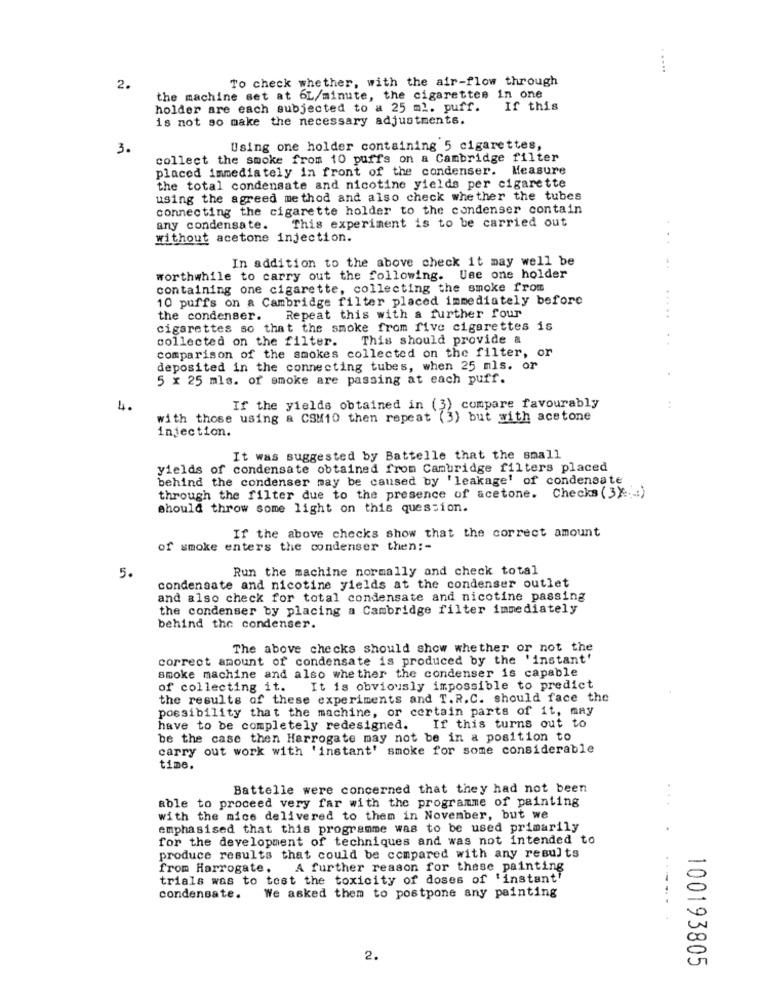
.....
To check whether, with the air-flow through
2.
the machine set at 6L/minute, the cigarettes in one
holder are each subjected to a 25 ml. puff.
If this
is not so make the necessary adjustments.
3.
Using one holder containing 5 cigarettes,
collect the smoke from 10 puffs on a Cambridge filter
placed immediately in front of the condenser. Measure
the total condensate and nicotine yields per cigarette
using the agreed method and also check whether the tubes
connecting the cigarette holder to the condenser contain
This experiment is to be carried out
any condensate.
without acetone injection.
In addition to the above check it may well be
worthwhile to carry out the following. Use one holder
containing one cigarette, collecting the smoke from
10 puffs on a Cambridge filter placed immediately before
the condenser. Repeat this with a further four
.....
cigarettes so that the smoke from five cigarettes is
collected on the filter.
This should provide a
comparison of the smokes collected on the filter, or
deposited in the connecting tubes, when 25 mls. or
5 x 25 mls. of smoke are passing at each puff.
compare favourably
4.
If the yields obtained in (3)
with those using a CSM10 then repeat (3) but with acetone
injection.
It was suggested by Battelle that the small
yields of condensate obtained from Cambridge filters placed
behind the condenser may be caused by 'leakage' of condensate
through the filter due to the presence of acetone. Checks (3) ... )
should throw some light on this question.
If the above checks show that the correct amount
of smoke enters the condenser then :-
Run the machine normally and check total
5.
condensate and nicotine yields at the condenser outlet
and also check for total condensate and nicotine passing
the condenser by placing a Cambridge filter immediately
behind the condenser.
The above checks should show whether or not the
correct amount of condensate is produced by the 'instant'
smoke machine and also whether the condenser is capable
of collecting it. It is obviously impossible to predict
the results of these experiments and T.R.C. should face the
possibility that the machine, or certain parts of it, may
have to be completely redesigned.
If this turns out to
be the case then Harrogate may not be in a position to
carry out work with 'instant' smoke for some considerable
time.
Battelle were concerned that they had not been
able to proceed very far with the programme of painting
with the mice delivered to them in November, but we
emphasised that this programme was to be used primarily
.
for the development of techniques and was not intended to
produce results that could be compared with any results
from Harrogate.
A further reason for these painting
..
trials was to tost the toxicity of doses of 'instant"
condensate.
We asked them to postpone any painting
.. .
2.
100193805